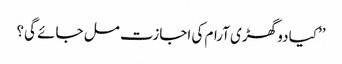
’’کیا دو گھڑی آرام کی اجازت مل جائے گی؟